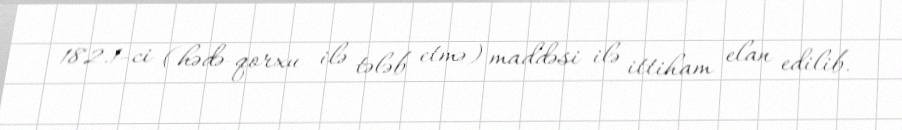
182.1-ci (hədə-qorxu ilə tələb etmə) maddəsi ilə ittiham elan edilib.